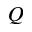
Q